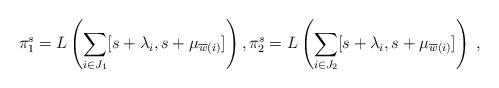
LaTeX: \begin{align*}\pi_1^s = L \left( \sum_{i\in J_1} [s +\lambda_i, s+\mu_{\overline{w}(i)}]\right),\pi_2^s = L \left( \sum_{i\in J_2} [s+\lambda_i, s+\mu_{\overline{w}(i)}]\right)\;,\end{align*}